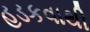
હડકવાથી